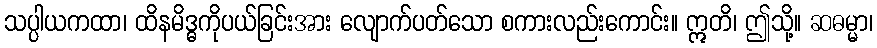
သပ္ပါယကထာ၊ ထိနမိဒ္ဓကိုပယ်ခြင်းအား လျောက်ပတ်သော စကားလည်းကောင်း။ ဣတိ၊ ဤသို့။ ဆဓမ္မာ၊